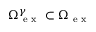
\Omega _ { \mathrm { ~ e ~ x ~ } } ^ { \gamma } \subset \Omega _ { \mathrm { ~ e ~ x ~ } }